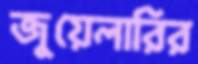
জুয়েলারির